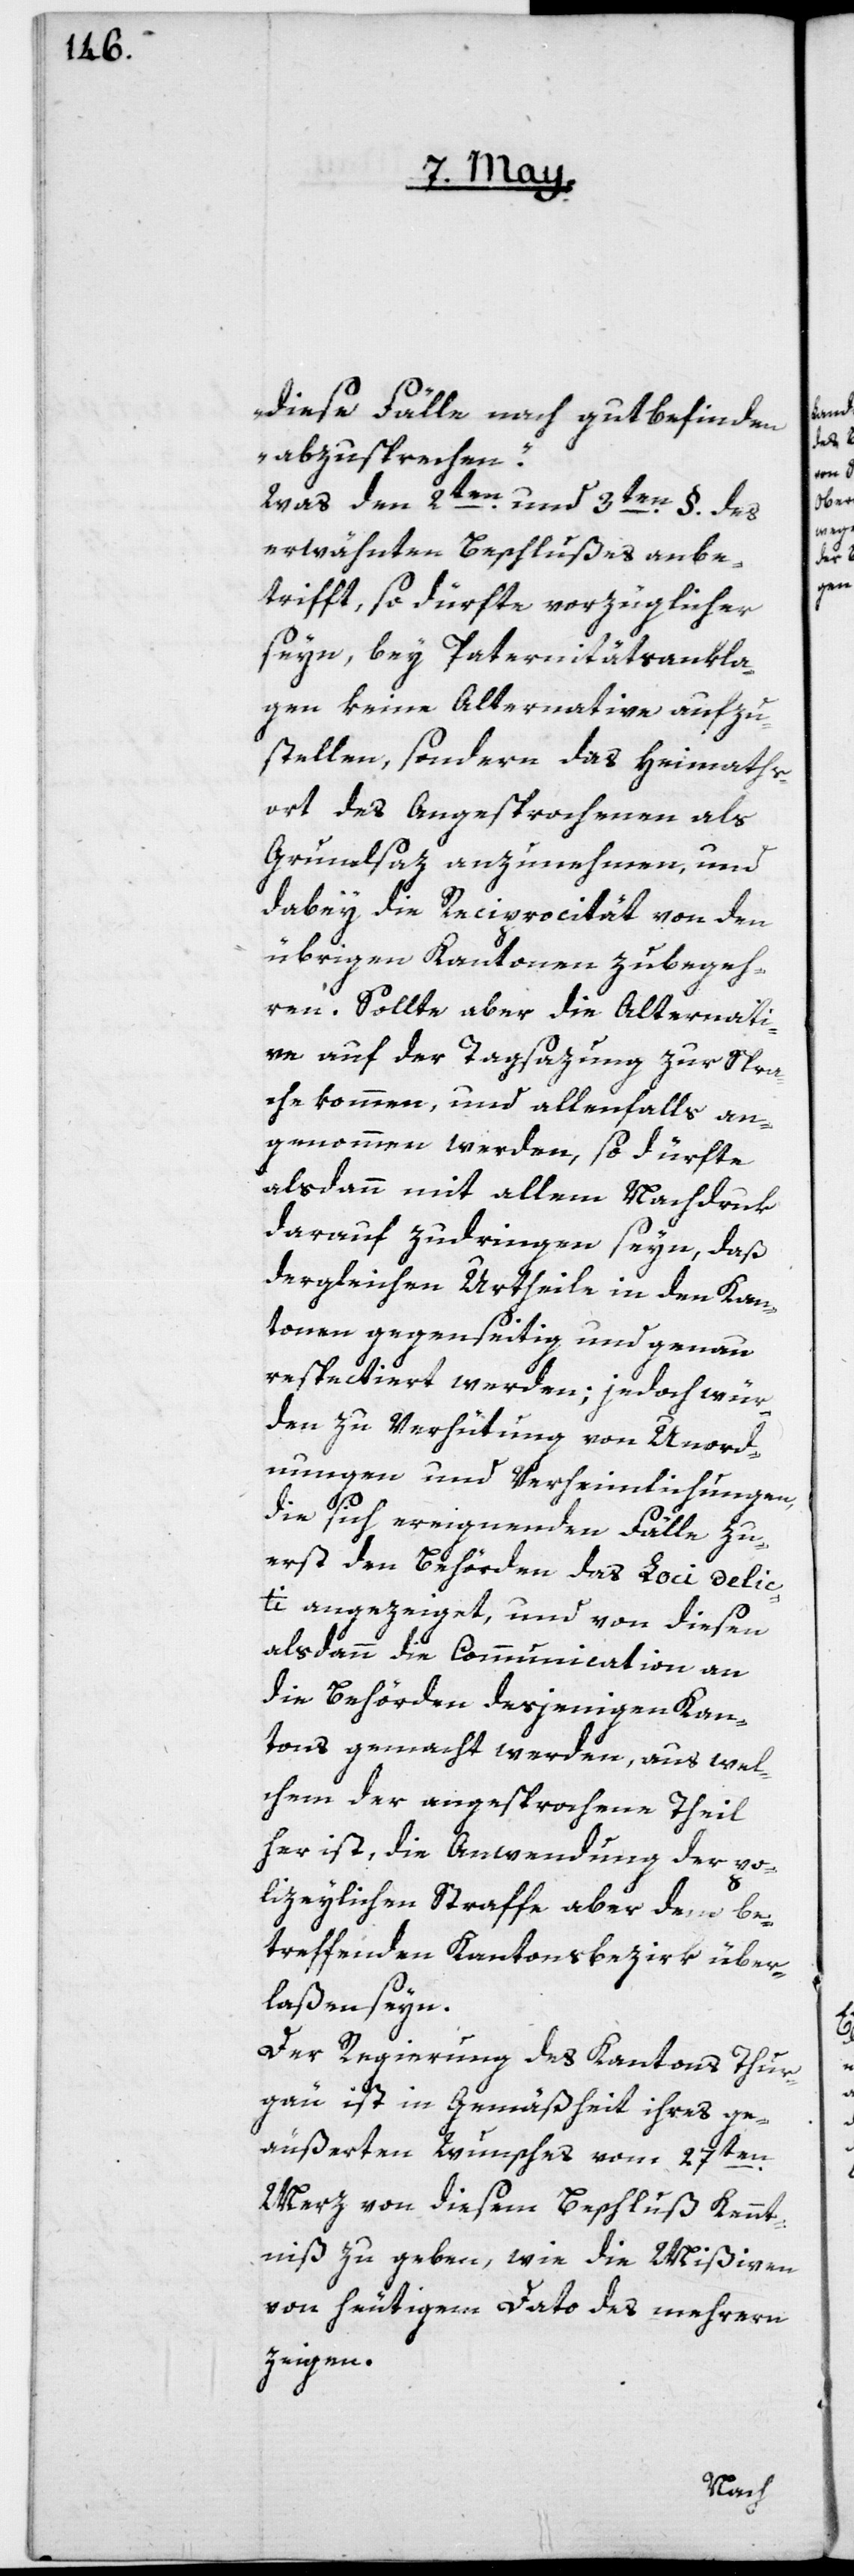
diese Fälle nach gutbefinden
abzusprechen.“
Was den 2ten und 3ten §. des
erwähnten Beschlußes anbe¬
trifft, so dürfte vorzüglicher
seyn, bey Paternitätsankla¬
gen keine Alternative aufzu¬
stellen, sondern das Heimaths¬
ort des Angesprochenen als
Grundsaz anzunehmen, und
dabey die Reciprocität von den
übrigen Kantonen zubegeh¬
ren. Sollte aber die Alternati¬
ve auf der Tagsazung zur Spra¬
che kommen, und allenfalls an¬
genommen werden, so dürfte
alsdann mit allem Nachdruk
darauf zudringen seyn, daß
dergleichen Urtheile in den Kan¬
tonen gegenseitig und genau
respectiert werden; jedoch wür¬
den zu Verhütung von Unord¬
nungen und Verheimlichungen,
die sich ereignenden Fälle zu¬
erst den Behörden des Loci delic¬
ti angezeiget, und von diesen
alsdann die Communication an
die Behörden desjenigen Kan¬
tons gemacht werden, aus wel¬
chem der angesprochene Theil
her ist, die Anwendung der po¬
lizeylichen Straffe aber dem be¬
treffenden Kantonsbezirk über¬
laßen seyn.
Der Regierung des Kantons Thur¬
gau ist in Gemäßheit ihres ge¬
äußerten Wunsches vom 27ten
Merz von diesem Beschluß Kennt¬
niß zu geben, wie die Mißiven
von heutigem Dato des mehrern
zeigen.